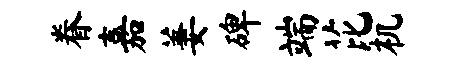
眷嘉萋碑端芘机